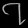
Digit: ၇